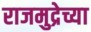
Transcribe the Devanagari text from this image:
राजमुद्रेच्या